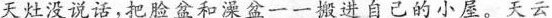
天灶没说话，把脸盆和深盆一一搬进自己的小屋。天云